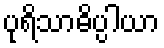
ပုရိသာဓိပ္ပါယာ